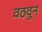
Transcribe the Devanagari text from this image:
वठवून